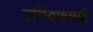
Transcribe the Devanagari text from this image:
उचितरूपसे